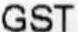
GST